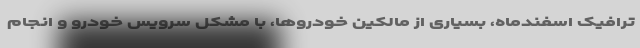
ترافیک اسفندماه، بسیاری از مالکین خودروها، با مشکل سرویس خودرو و انجام